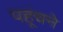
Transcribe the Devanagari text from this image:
पहूंचने